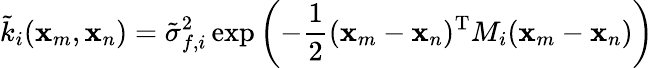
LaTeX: \tilde{k}_{i}(\textbf{x}_{m},\textbf{x}_{n})=\tilde{\sigma}_{f,i}^{2}\exp\left(-\frac{1}{2}(\textbf{x}_{m}-\textbf{x}_{n})^{\textrm{T}}M_{i}(\textbf{x}_{m}-\textbf{x}_{n})\right)